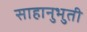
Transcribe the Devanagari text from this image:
साहानुभुती